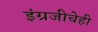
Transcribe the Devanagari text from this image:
इंग्रजीचेही